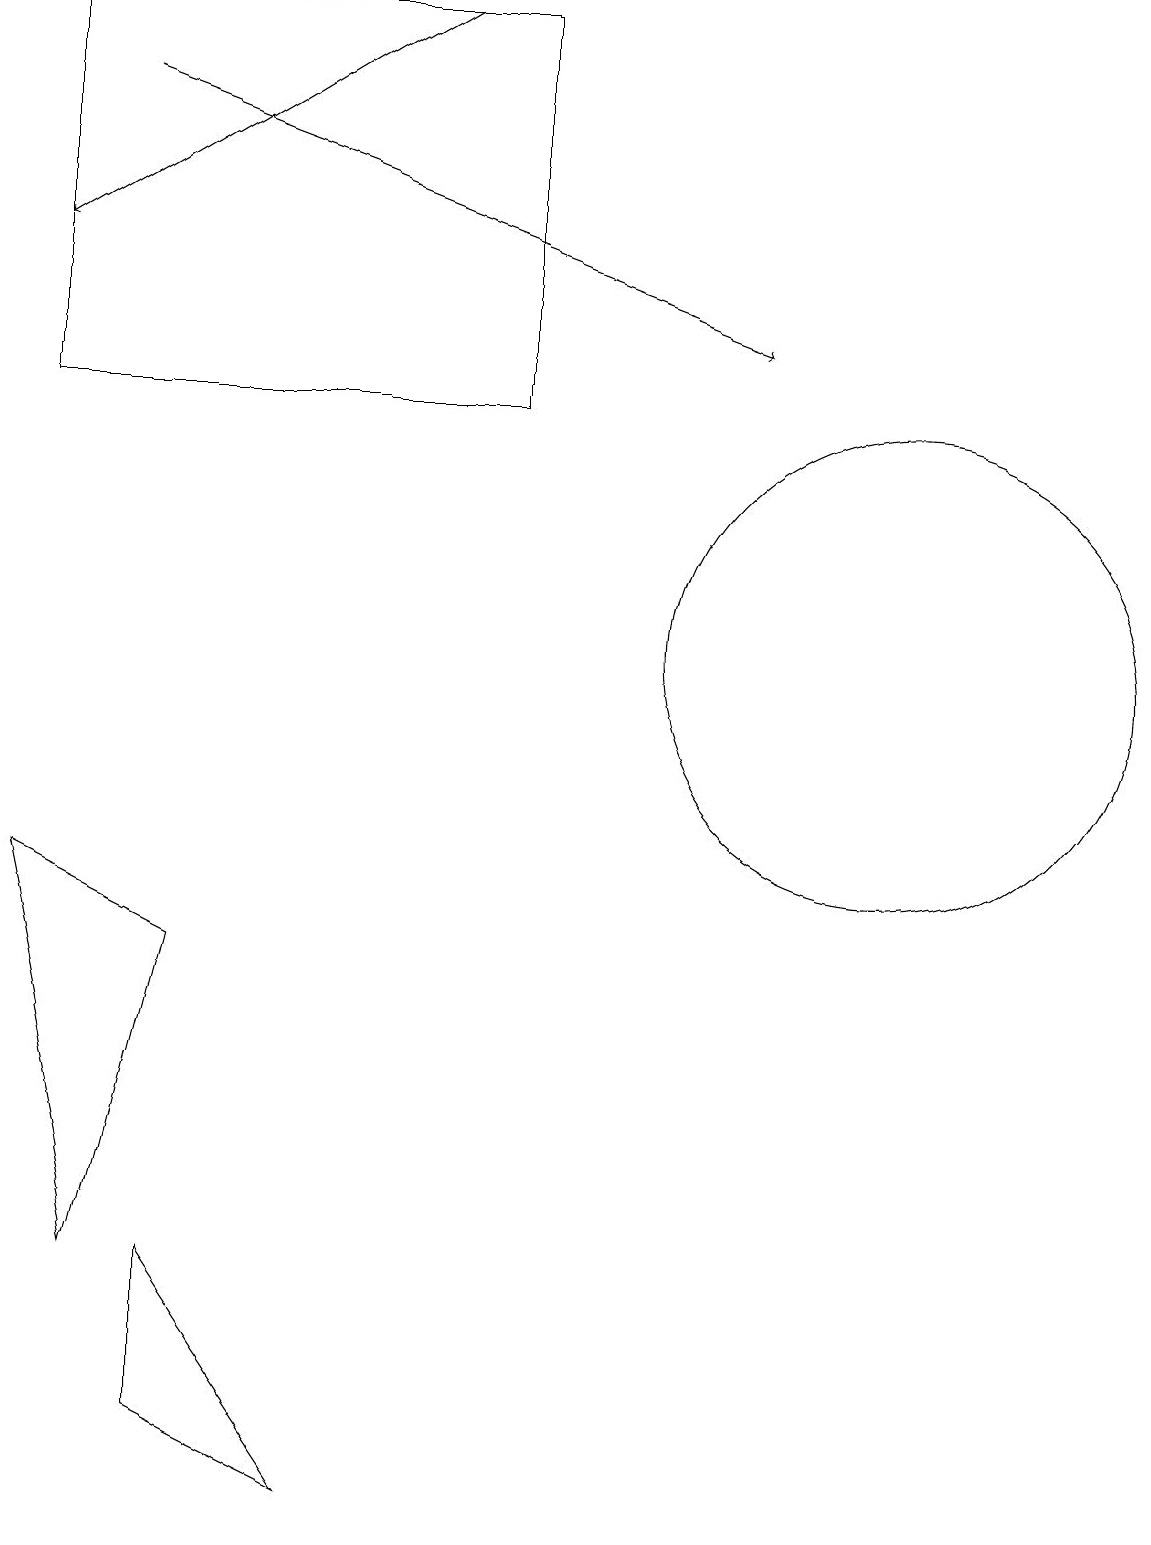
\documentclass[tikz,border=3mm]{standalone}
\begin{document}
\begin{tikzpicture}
\draw (2,7) -- (0,8) -- (1,3) -- cycle;
\draw[->] (5,19) -- (0,16);
\draw (2,3) -- (4,0) -- (2,1) -- cycle;
\draw (6,19) rectangle (0,14);
\draw (11,11) circle (3);
\draw[->] (1,18) -- (9,15);
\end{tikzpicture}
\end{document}